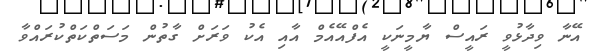
އޭނާ ވިދާޅުވީ ރައީސް ޔާމީނަކީ އެފްއޭއެމް އާއި އެކު ވަރަށް ގާތުން މަސަތްކަތްކުރައްވާ